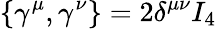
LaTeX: \left\{ \gamma^{\mu},\gamma^{\nu}\right\} =2\delta^{\mu\nu}I_{4}